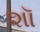
શૉ